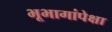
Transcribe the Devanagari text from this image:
भूभागांपेक्षा